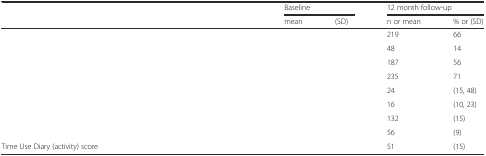
<table><thead><tr><td>[EMPTY_CELL]</td><td colspan="2"><b>Baseline</b></td><td colspan="2"><b>12 month follow-up</b></td></tr><tr><td>[EMPTY_CELL]</td><td><b>mean</b></td><td><b>(SD)</b></td><td><b>n or mean</b></td><td><b>% or (SD)</b></td></tr></thead><tbody><tr><td>[EMPTY_CELL]</td><td>[EMPTY_CELL]</td><td>[EMPTY_CELL]</td><td>219</td><td>66</td></tr><tr><td>[EMPTY_CELL]</td><td>[EMPTY_CELL]</td><td>[EMPTY_CELL]</td><td>48</td><td>14</td></tr><tr><td>[EMPTY_CELL]</td><td>[EMPTY_CELL]</td><td>[EMPTY_CELL]</td><td>187</td><td>56</td></tr><tr><td>[EMPTY_CELL]</td><td>[EMPTY_CELL]</td><td>[EMPTY_CELL]</td><td>235</td><td>71</td></tr><tr><td>[EMPTY_CELL]</td><td>[EMPTY_CELL]</td><td>[EMPTY_CELL]</td><td>24</td><td>(15, 48)</td></tr><tr><td>[EMPTY_CELL]</td><td>[EMPTY_CELL]</td><td>[EMPTY_CELL]</td><td>16</td><td>(10, 23)</td></tr><tr><td>[EMPTY_CELL]</td><td>[EMPTY_CELL]</td><td>[EMPTY_CELL]</td><td>132</td><td>(15)</td></tr><tr><td>[EMPTY_CELL]</td><td>[EMPTY_CELL]</td><td>[EMPTY_CELL]</td><td>56</td><td>(9)</td></tr><tr><td>Time Use Diary (activity) score</td><td>[EMPTY_CELL]</td><td>[EMPTY_CELL]</td><td>51</td><td>(15)</td></tr></tbody></table>